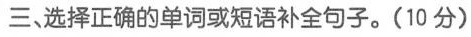
三 选择正确的单词或短语补全句子.(10 分)